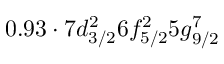
0 . 9 3 \cdot 7 d _ { 3 / 2 } ^ { 2 } 6 f _ { 5 / 2 } ^ { 2 } 5 g _ { 9 / 2 } ^ { 7 }